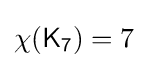
\chi ({\mathsf {K_{7}}})=7